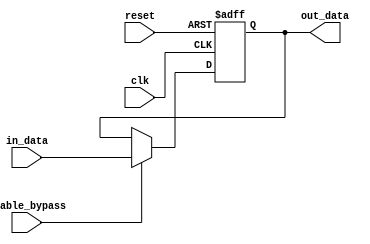
module simple_bypass_register (
  input wire clk,             // System clock
  input wire reset,           // Reset signal
  input wire enable_bypass,   // Control signal for enabling bypass
  input wire [31:0] in_data,  // Input data
  output reg [31:0] out_data  // Output data
);

always @(posedge clk or posedge reset) begin
  if (reset) begin
    out_data <= 0;
  end else if (enable_bypass) begin
    out_data <= in_data;
  end
end

endmodule